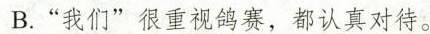
B.“我们”很重视鸽赛，都认真对待。